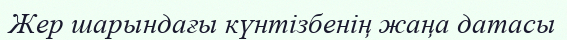
Жер шарындағы күнтізбенің жаңа датасы